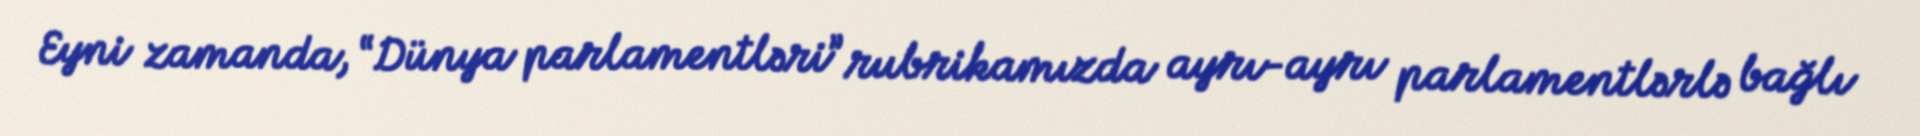
Eyni zamanda, “Dünya parlamentləri” rubrikamızda ayrı-ayrı parlamentlərlə bağlı